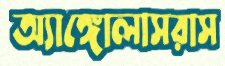
অ্যাঙ্গোলাসরাস